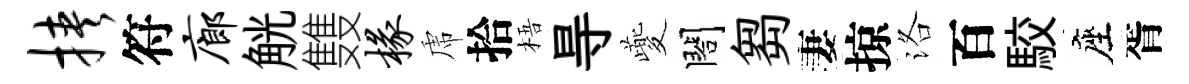
挟符廊觥䨇椽虎拾梧㝵夔閤芻妻掠洛百駮座胥